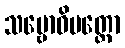
သမ္ဗောဓိပတ္တော